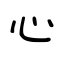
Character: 心